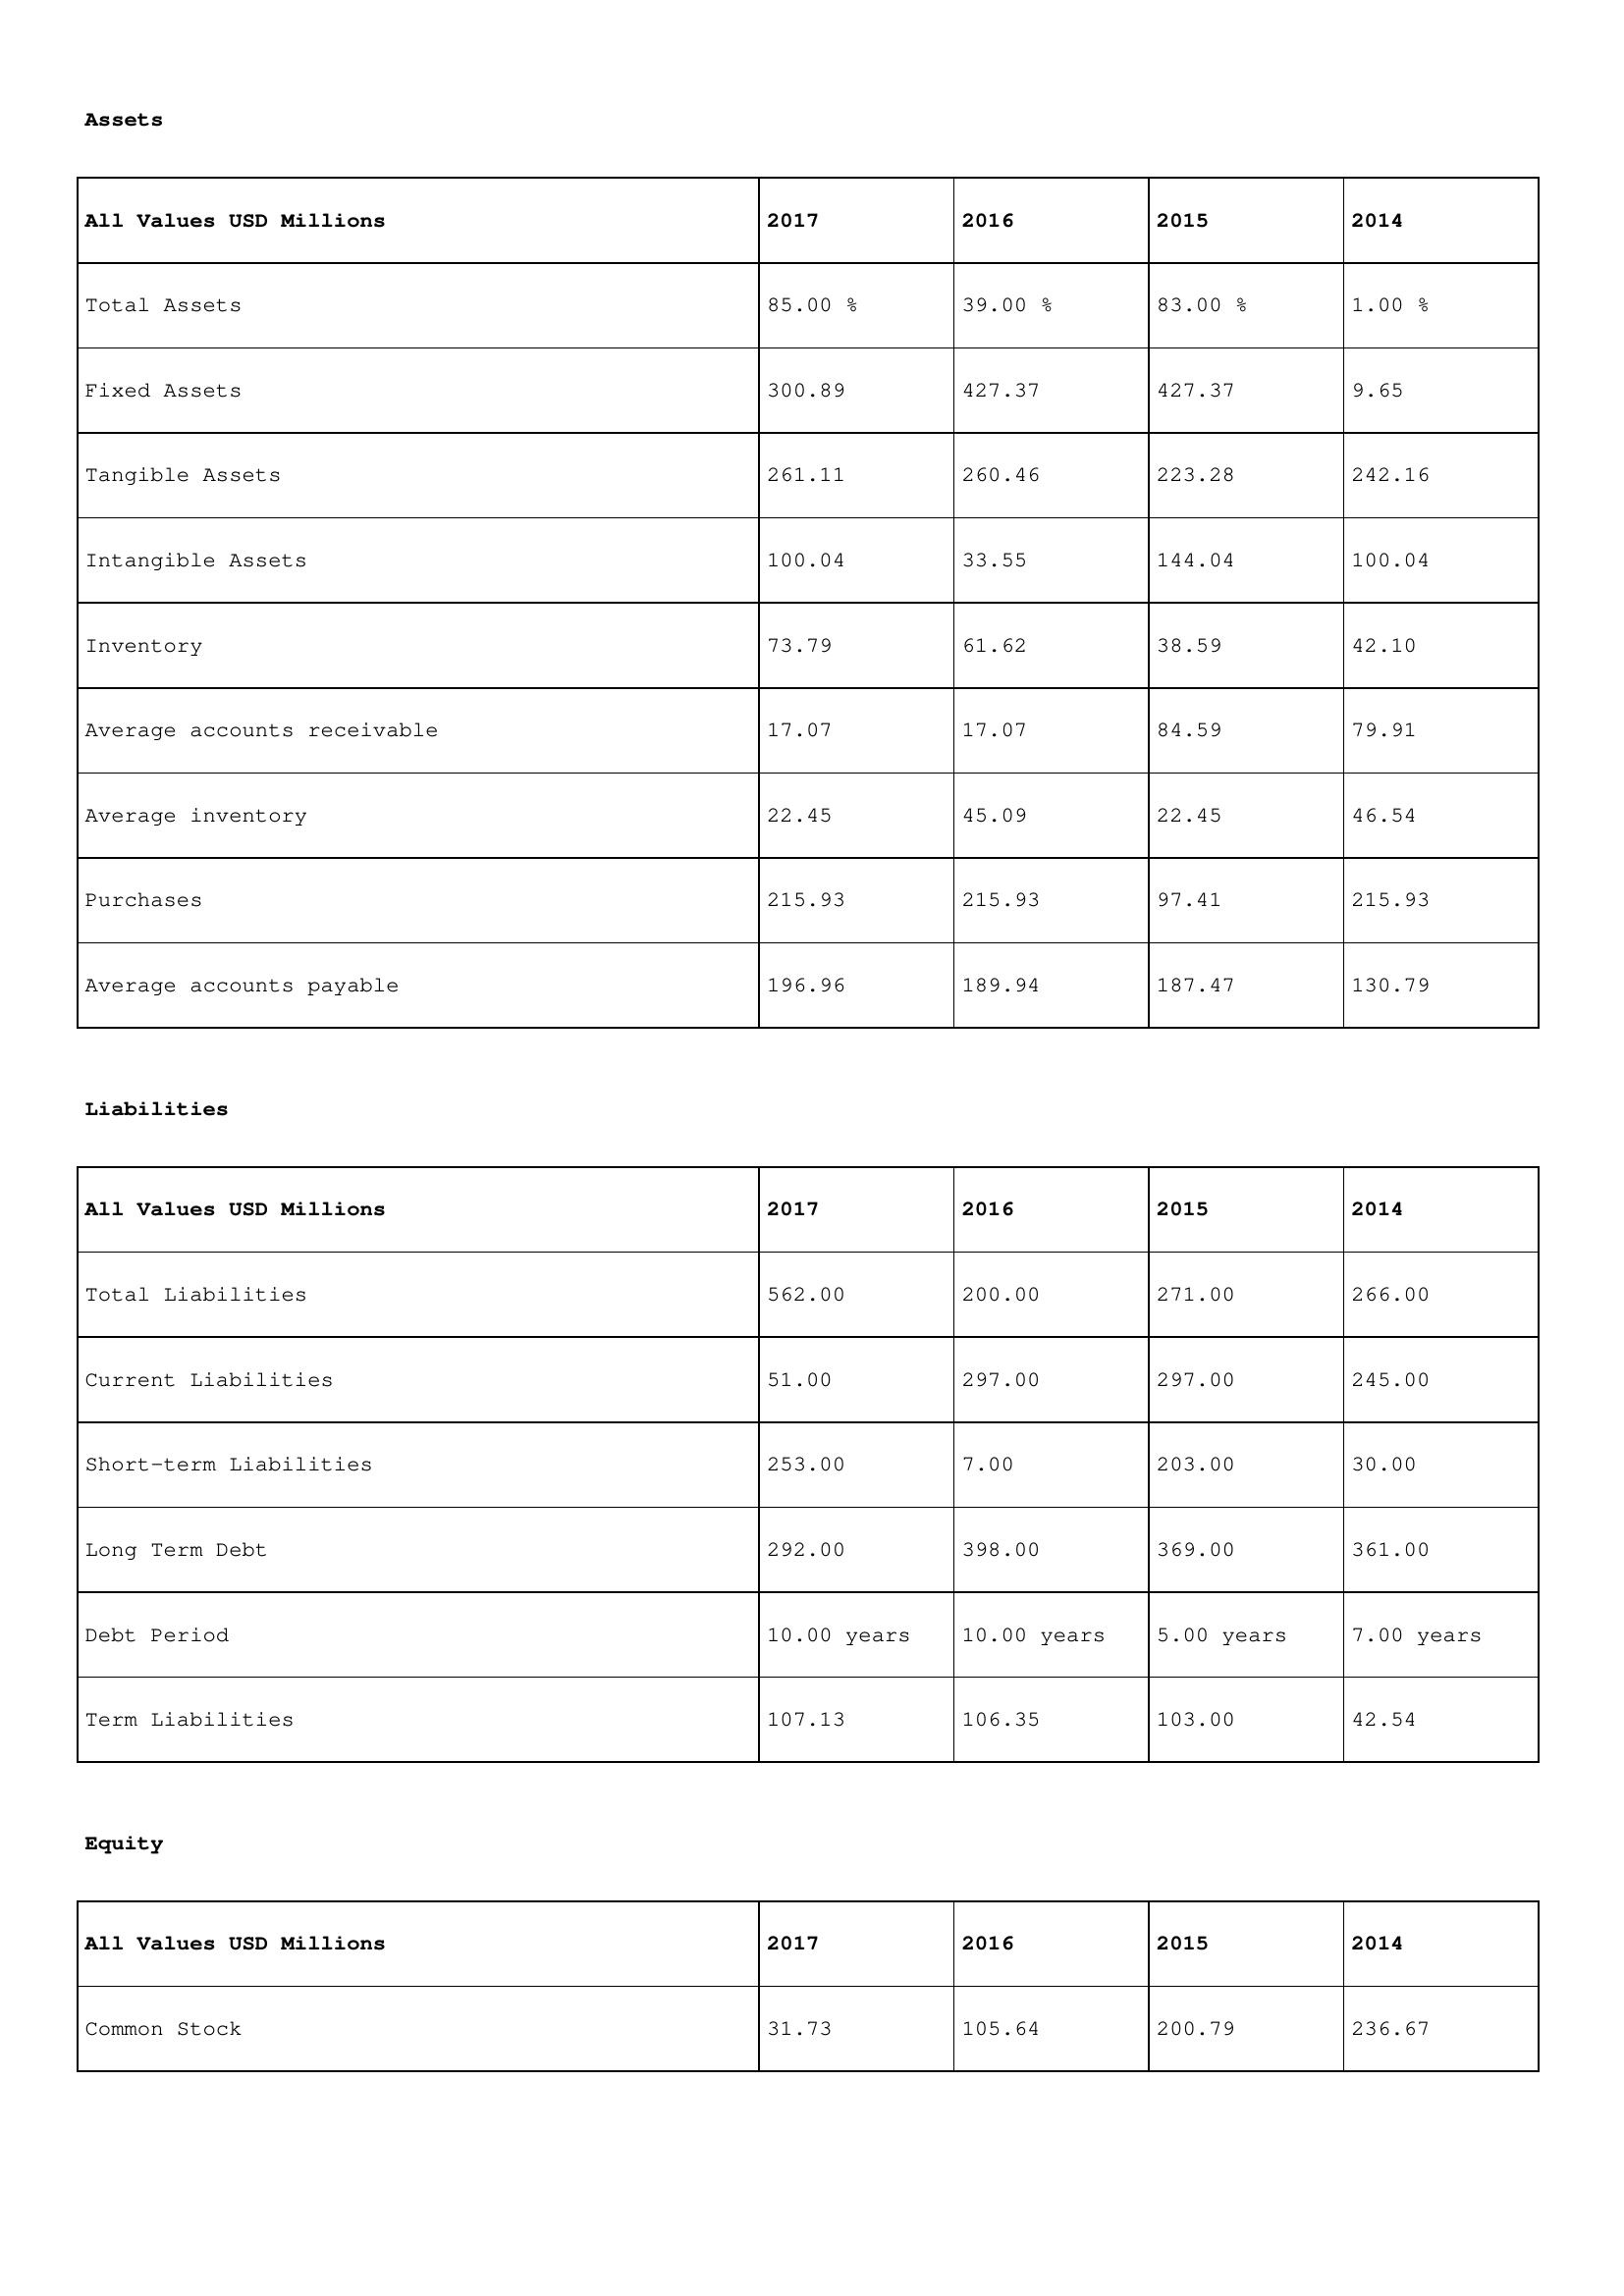
gt_parse: 2017: Assets: Total Assets: 85.00 %
Fixed Assets: 300.89
Tangible Assets: 261.11
Intangible Assets: 100.04
Inventory: 73.79
Average accounts receivable: 17.07
Average inventory: 22.45
Purchases: 215.93
Average accounts payable: 196.96
Liabilities: Total Liabilities: 562.00
Current Liabilities: 51.00
Short-term Liabilities: 253.00
Long Term Debt: 292.00
Debt Period: 10.00 years
Term Liabilities: 107.13
Equity: Common Stock: 31.73
2016: Assets: Total Assets: 39.00 %
Fixed Assets: 427.37
Tangible Assets: 260.46
Intangible Assets: 33.55
Inventory: 61.62
Average accounts receivable: 17.07
Average inventory: 45.09
Purchases: 215.93
Average accounts payable: 189.94
Liabilities: Total Liabilities: 200.00
Current Liabilities: 297.00
Short-term Liabilities: 7.00
Long Term Debt: 398.00
Debt Period: 10.00 years
Term Liabilities: 106.35
Equity: Common Stock: 105.64
2015: Assets: Total Assets: 83.00 %
Fixed Assets: 427.37
Tangible Assets: 223.28
Intangible Assets: 144.04
Inventory: 38.59
Average accounts receivable: 84.59
Average inventory: 22.45
Purchases: 97.41
Average accounts payable: 187.47
Liabilities: Total Liabilities: 271.00
Current Liabilities: 297.00
Short-term Liabilities: 203.00
Long Term Debt: 369.00
Debt Period: 5.00 years
Term Liabilities: 103.00
Equity: Common Stock: 200.79
2014: Assets: Total Assets: 1.00 %
Fixed Assets: 9.65
Tangible Assets: 242.16
Intangible Assets: 100.04
Inventory: 42.10
Average accounts receivable: 79.91
Average inventory: 46.54
Purchases: 215.93
Average accounts payable: 130.79
Liabilities: Total Liabilities: 266.00
Current Liabilities: 245.00
Short-term Liabilities: 30.00
Long Term Debt: 361.00
Debt Period: 7.00 years
Term Liabilities: 42.54
Equity: Common Stock: 236.67